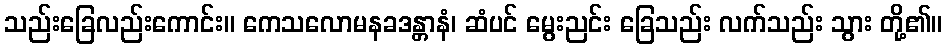
သည်းခြေလည်းကောင်း။ ကေသလောမနခဒန္တာနံ၊ ဆံပင် မွေးညင်း ခြေသည်း လက်သည်း သွား တို့၏။